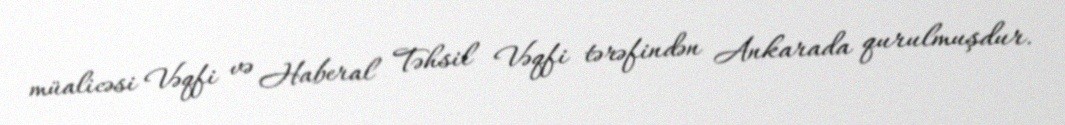
müalicəsi Vəqfi və Haberal Təhsil Vəqfi tərəfindən Ankarada qurulmuşdur.